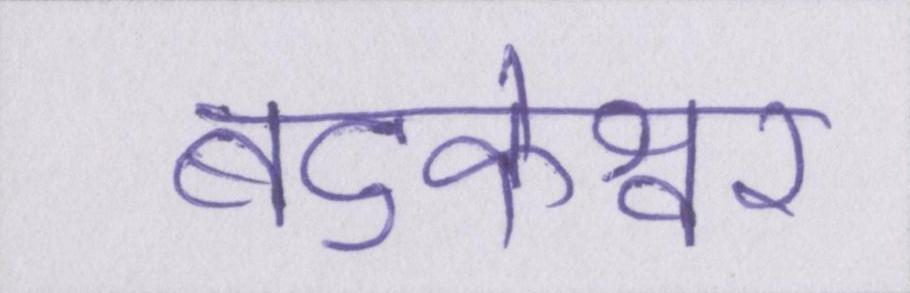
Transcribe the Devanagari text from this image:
बटुकेश्वर